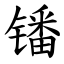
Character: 𫔍